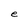
Character: e